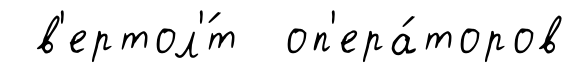
в'ертол'́т оп'ера́торов